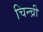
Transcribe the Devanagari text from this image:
चिन्च्री